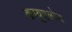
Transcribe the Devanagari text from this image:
कायुएलोस